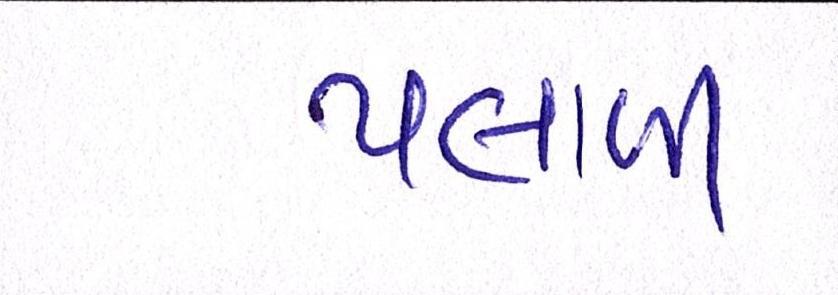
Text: પલાળી